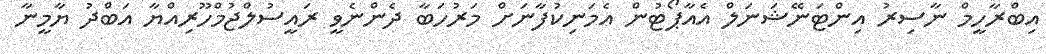
އިބްރާހީމް ނާސިރު އިންޓަނޭޝަނަލް އެއާޕޯޓުން އެމަނިކުފާނަށް މަރުހަބާ ދެންނެވީ ރައީސުލްޖުމްހޫރިއްޔާ އަބްދު ޔާމީނާ